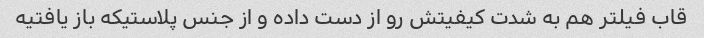
قاب فیلتر هم به شدت کیفیتش رو از دست داده و از جنس پلاستیکه باز یافتیه